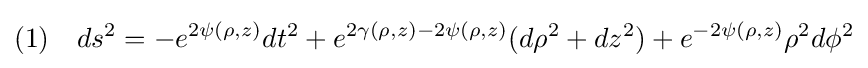
(1)\quad ds^{2}=-e^{2\psi (\rho ,z)}dt^{2}+e^{2\gamma (\rho ,z)-2\psi (\rho ,z)}(d\rho ^{2}+dz^{2})+e^{-2\psi (\rho ,z)}\rho ^{2}d\phi ^{2}